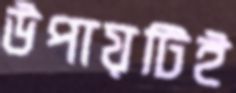
উপায়টিই